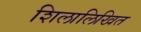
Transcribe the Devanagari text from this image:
शिलालिखित